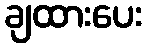
ချထားပေး